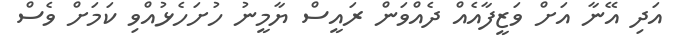
އަދި އޭނާ އަށް ވަޒީފާއެއް ދެއްވަން ރައީސް ޔާމީނު ހުށަހެޅުއްވި ކަމަށް ވެސް